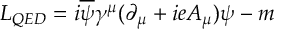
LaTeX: L _ { Q E D } = i \overline { { { \psi } } } \gamma ^ { \mu } ( \partial _ { \mu } + i e A _ { \mu } ) \psi - m